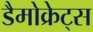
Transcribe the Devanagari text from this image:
डैमोक्रेट्स